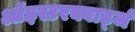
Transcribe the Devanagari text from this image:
ऑइस्टरक्वार्ट्ज